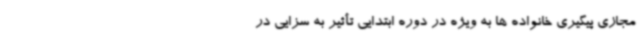
مجازی پیگیری خانواده ها به ویژه در دوره ابتدایی تأثیر به سزایی در